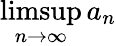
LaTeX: \operatorname*{limsup}_{n\to\infty}a_{n}